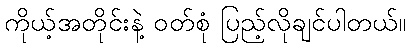
ကိုယ့်အတိုင်းနဲ့ ဝတ်စုံ ပြည့်လိုချင်ပါတယ်။